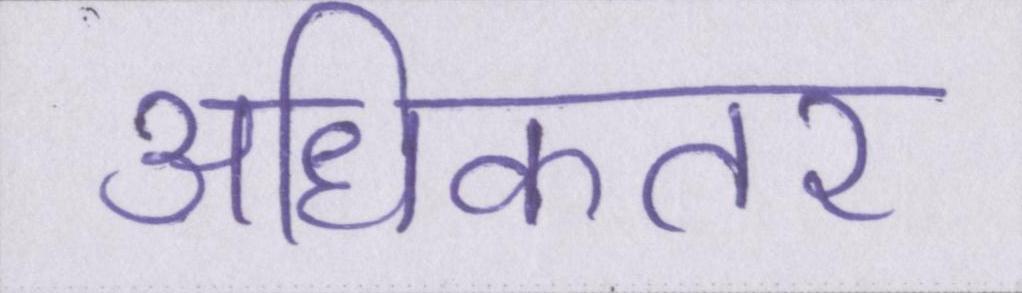
अधिकतर